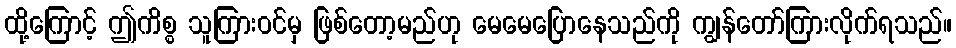
ထို့ကြောင့် ဤကိစ္စ သူကြားဝင်မှ ဖြစ်တော့မည်ဟု မေမေပြောနေသည်ကို ကျွန်တော်ကြားလိုက်ရသည်။